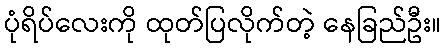
ပုံရိပ်လေးကို ထုတ်ပြလိုက်တဲ့ နေခြည်ဦး။